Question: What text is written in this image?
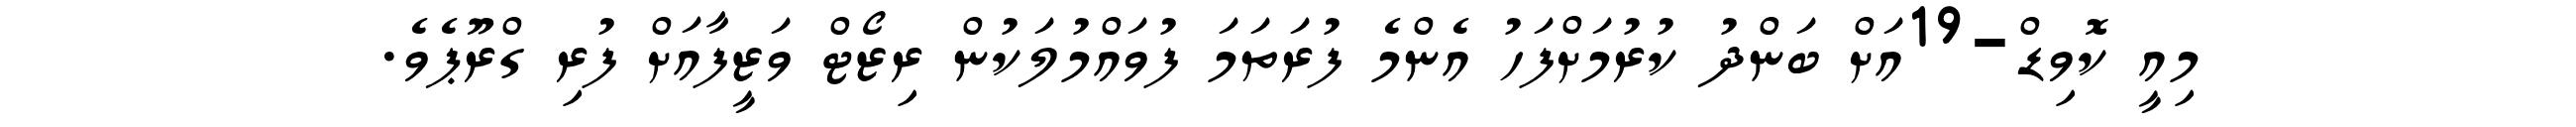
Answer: މިއީ ކޮވިޑް-19އަށް ބަންދު ކުރުމަށްފަހު އެންމެ ފުރަތަމަ ފުވައްމުލަކުން ރިޒޯޓް ވަޒީފާއަށް ފުރި ގްރޫޕެވެ.